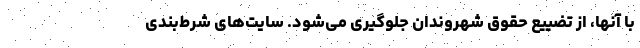
با آنها، از تضییع حقوق شهروندان جلوگیری می‌شود. سایت‌های شرط‌بندی